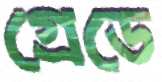
গ্রেডে